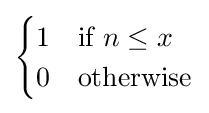
{\begin{cases}1&{\text{if }}n\leq x\\0&{\text{otherwise}}\end{cases}}